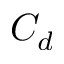
C _ { d }